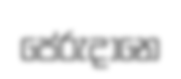
පේරුදානෙ